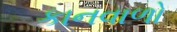
કાનવાળો